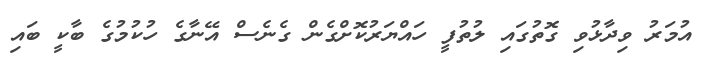
އުމަރު ވިދާޅުވި ގޮތުގައި ލުތުފީ ހައްޔަރުކޮށްގެން ގެނެސް އޭނާގެ ހުކުމުގެ ބާކީ ބައި